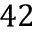
4 2